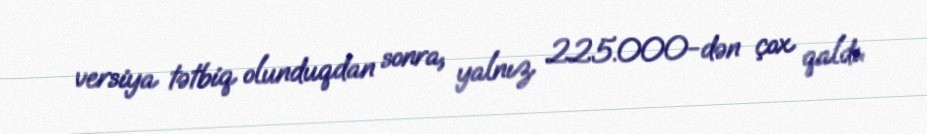
versiya tətbiq olunduqdan sonra, yalnız 225.000-dən çox qaldı.